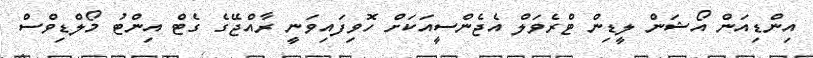
އިންޑިއަން އޯޝަން ލީޑިން ޓްރެވަލް އެޖެންސީއަކަށް ހޮވިފައިވަނީ ރާއްޖޭގެ ގެޓް އިންޓު މޯލްޑިވްސް